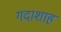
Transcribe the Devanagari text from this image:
गदाशाह